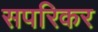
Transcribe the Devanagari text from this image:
सपरिकर